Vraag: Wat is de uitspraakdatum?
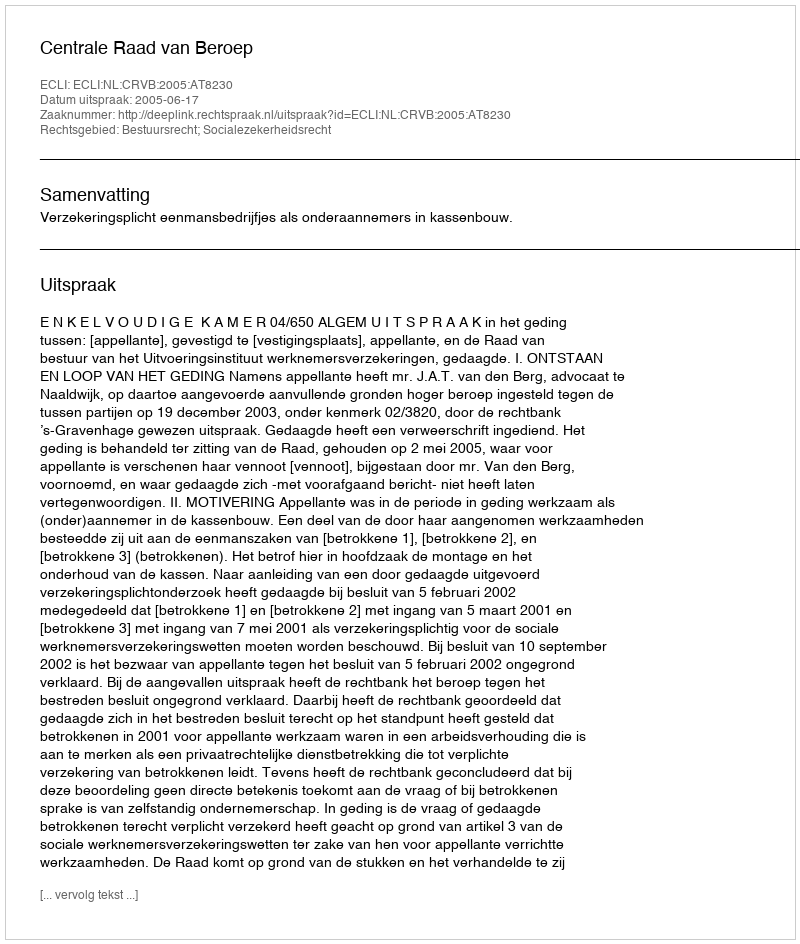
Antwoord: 2005-06-17